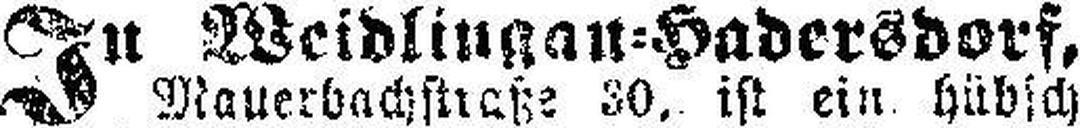
In Weidlingan=Hadersdorf,